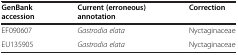
| GenBank accession | Current (erroneous) annotation | Correction |
 | --- | --- | --- |
 | EF090607 | Gastrodia elata | Nyctaginaceae |
 | EU135905 | Gastrodia elata | Nyctaginaceae |